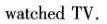
watched TV.